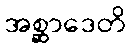
အစ္ဆာဒေတိ